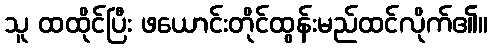
သူ ထထိုင်ပြီး ဖယောင်းတိုင်ထွန်းမည်ထင်လိုက်၏။